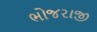
ભોજરાજી